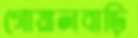
গোয়ালবাড়ি